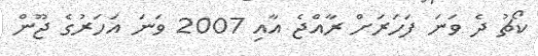
ކޯޗު ދެ ވަނަ ފަހަރަށް ރާއްޖެ އާއި 2007 ވަނަ އަހަރުގެ ޖޫން